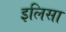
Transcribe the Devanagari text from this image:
इलिसा